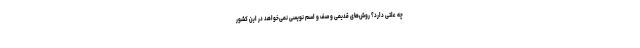
چه علتی دارد؟ روش‌های قدیمی و صف و اسم نویسی نمی‌خواهد در این کشور